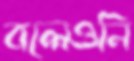
বলেওনি